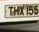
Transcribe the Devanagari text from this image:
माहितीतंत्रज्ञानाच्या